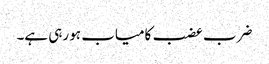
ضرب عضب کامیاب ہو رہی ہے۔